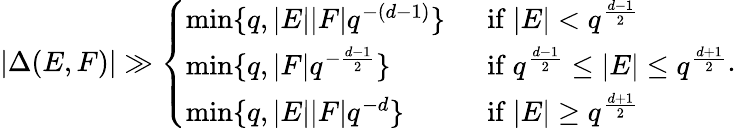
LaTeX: |\Delta(E,F)|\gg\left\{ \begin{array}{ll}{\operatorname*{min}\{ q,|E||F|q^{-(d-1)}\} ~~}&{\mathrm{if}~|E|<q^{\frac{d-1}{2}}}\\ {\operatorname*{min}\{ q,|F|q^{-\frac{d-1}{2}}\} ~~}&{\mathrm{if}~q^{\frac{d-1}{2}}\le|E|\le q^{\frac{d+1}{2}}}\\ {\operatorname*{min}\{ q,|E||F|q^{-d}\} ~~}&{\mathrm{if}~|E|\ge q^{\frac{d+1}{2}}}\end{array}\right..